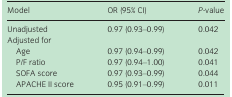
<table><thead><tr><td><b>Model</b></td><td><b>OR (95% CI)</b></td><td><b><i>P</i>‐value</b></td></tr></thead><tbody><tr><td>Unadjusted</td><td>0.97 (0.93–0.99)</td><td>0.042</td></tr><tr><td colspan="3">Adjusted for</td></tr><tr><td>Age</td><td>0.97 (0.94–0.99)</td><td>0.042</td></tr><tr><td>P/F ratio</td><td>0.97 (0.94–1.00)</td><td>0.041</td></tr><tr><td>SOFA score</td><td>0.97 (0.93–0.99)</td><td>0.044</td></tr><tr><td>APACHE II score</td><td>0.95 (0.91–0.99)</td><td>0.011</td></tr></tbody></table>